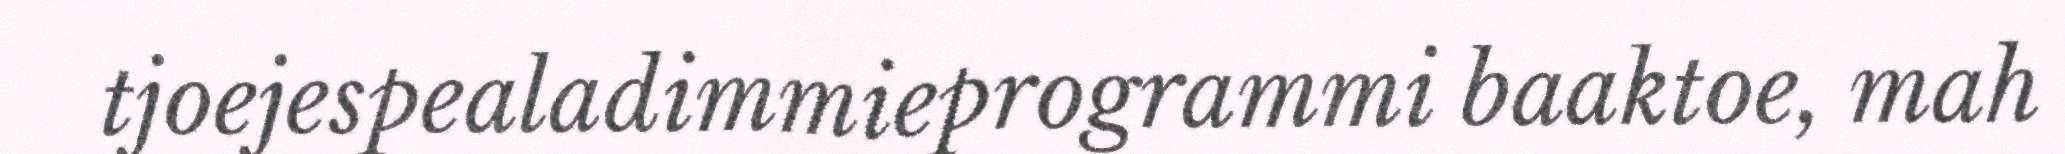
tjoejespealadimmieprogrammi baaktoe, mah